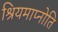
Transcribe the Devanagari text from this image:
श्रियमाप्नोति